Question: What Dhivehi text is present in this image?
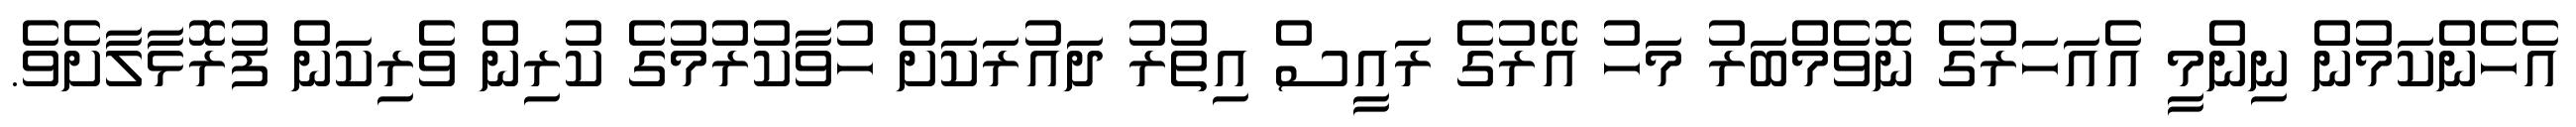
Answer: އެހެންކަމުން ނިންމީ އެއަހަރުގެ ނޮވެމްބަރު މަހު އޭރުގެ ރައީސް އިތުރު ދައުރަކަށް ހުވާކުރުމުގެ ކުރިން ވެރިކަން ފުރޮޅާލާށެވެ.